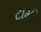
ટોમી